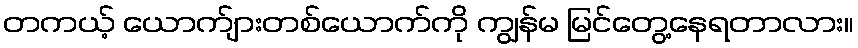
တကယ့် ယောက်ျားတစ်ယောက်ကို ကျွန်မ မြင်တွေ့နေရတာလား။